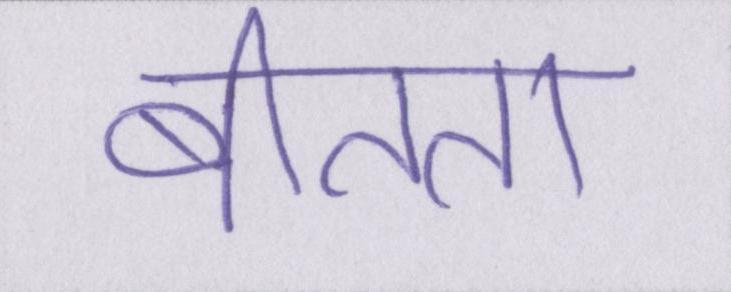
बीतता